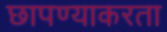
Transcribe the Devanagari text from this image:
छापण्याकरता